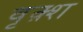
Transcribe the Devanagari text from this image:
वृक़्श